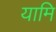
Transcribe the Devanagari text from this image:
यामि